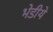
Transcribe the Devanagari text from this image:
भेडीये